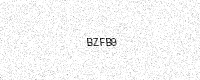
Text: BZFB9